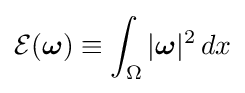
{\mathcal {E}}({\boldsymbol {\omega }})\equiv \int _{\Omega }|{\boldsymbol {\omega }}|^{2}\,dx